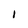
Character: l